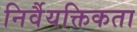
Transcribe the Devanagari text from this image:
निर्वैयक्तिकता